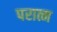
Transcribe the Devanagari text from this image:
परात्म